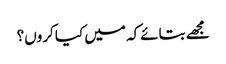
مجھے بتائےکہ میں کیا کروں؟